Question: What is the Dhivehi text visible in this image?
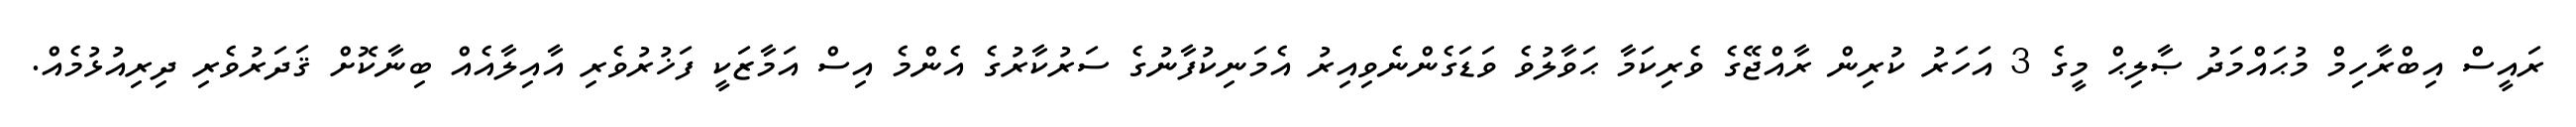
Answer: ރައީސް އިބްރާހިމް މުޙައްމަދު ޞާލިޙް މީގެ 3 އަހަރު ކުރިން ރާއްޖޭގެ ވެރިކަމާ ޙަވާލުވެ ވަޑަގެންނެވިއިރު އެމަނިކުފާނުގެ ސަރުކާރުގެ އެންމެ އިސް އަމާޒަކީ ފަޚުރުވެރި އާއިލާއެއް ބިނާކޮށް ޤަދަރުވެރި ދިރިއުޅުމެއް.